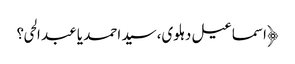
﴿اسماعیل دہلوی،سید احمد یا عبد الحی؟